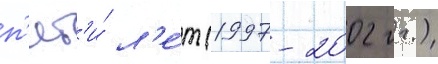
п'ят'и́ л'е́т (1997-2002 гг.)